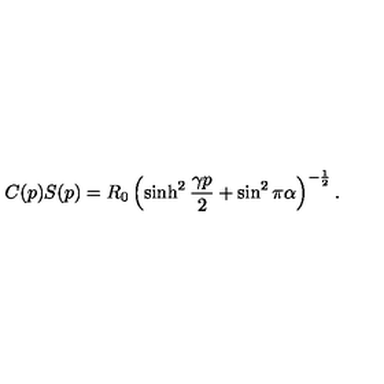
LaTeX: C ( p ) S ( p ) = R _ { 0 } \left( \sinh ^ { 2 } \frac { \gamma p } { 2 } + \sin ^ { 2 } \pi \alpha \right) ^ { - \frac { 1 } { 2 } } .